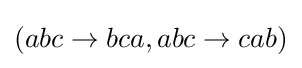
(abc\to bca,abc\to cab)